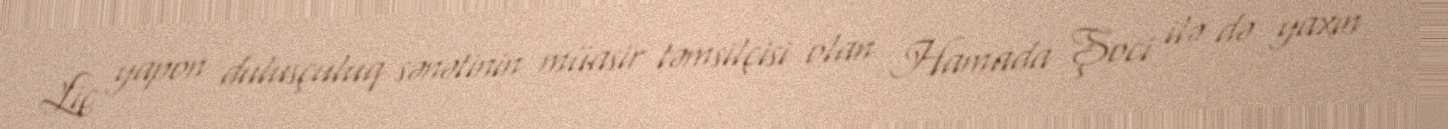
Liç yapon dulusçuluq sənətinin müasir təmsilçisi olan Hamada Şoci ilə də yaxın